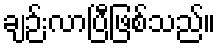
ချဉ်းလာပြီဖြစ်သည်။